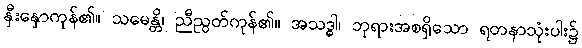
နှီးနှောကုန်၏။ သမေန္တိ၊ ညီညွတ်ကုန်၏။ အသဒ္ဓါ၊ ဘုရားအစရှိသော ရတနာသုံးပါး၌